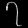
Digit: ၇